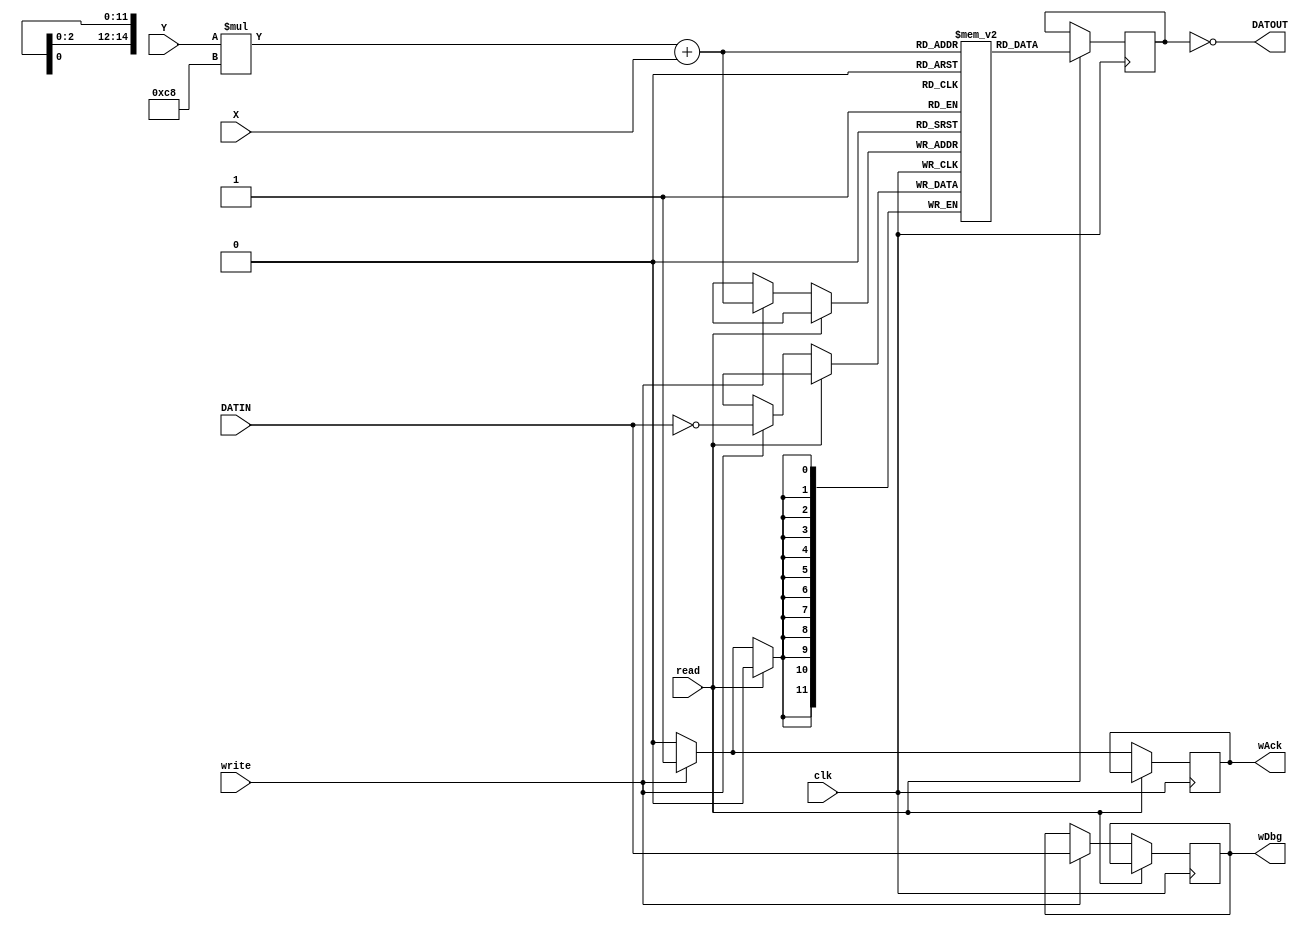
/*
	This file is part of avgai.

	avgai is free software: you can redistribute it and/or modify
	it under the terms of the GNU General Public License as published by
	the Free Software Foundation, either version 3 of the License, or
	(at your option) any later version.

	avgai is distributed in the hope that it will be useful,
	but WITHOUT ANY WARRANTY; without even the implied warranty of
	MERCHANTABILITY or FITNESS FOR A PARTICULAR PURPOSE.  See the
	GNU General Public License for more details.

	You should have received a copy of the GNU General Public License
	along with avgai.  If not, see <http://www.gnu.org/licenses/>.

	Copyright Dakota Fisher 2014
*/

module SRAM(input clk, read, write, 
				input [7:0] X, Y, input [11:0] DATIN,
				output [11:0] DATOUT, output reg wAck,
				output reg [11:0] wDbg);
	parameter W = 200, H = 150;
	reg [11:0] mem[W*H-1:0];
	reg [11:0] DATOUTINV;

	// Can't just assign directly to DATOUT, synthesizer is stupid as all hell
	assign DATOUT = ~DATOUTINV;
	// I invert output here so that the starting output is white instead of black
	// The same is done at the input, so that the output correctly reflects the input
	// You can get any starting color (or any starting screen) by XORing the output
	// at both ends with the desirable value

	always @(posedge clk) begin
		if (read)
			DATOUTINV <= mem[Y*W + X];
		else if (write) begin
			mem[Y*W + X] <= ~DATIN;
			wDbg <= DATIN;
			wAck <= 1;
		end else
			wAck <= 0;
	end
endmodule